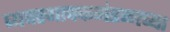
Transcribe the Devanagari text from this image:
व्यवस्थापकमंडळाच्या